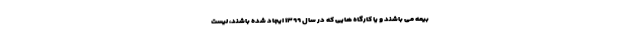
بیمه می باشند و یا کارگاه هایی که در سال ۱۳۹۹ ایجاد شده باشند، لیست